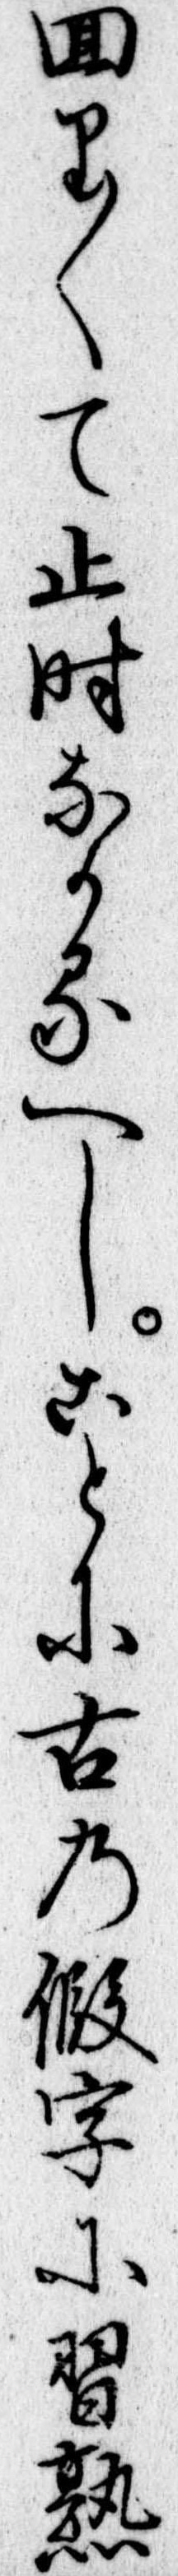
回り〱て止時なかるへしことに古の仮字に習熟